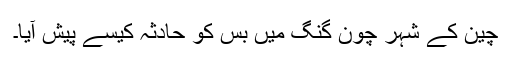
چین کے شہر چون گنگ میں بس کو حادثہ کیسے پیش آیا۔